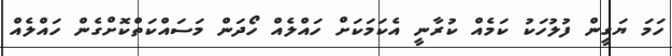
ހަމަ ޔަގީން ފުލުހަކު ކަމެއް ކުރާނީ އެކަމަކަށް ހައްލެއް ހޯދަން މަސައްކަތްކޮށްގެން ހައްލެއް